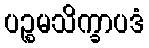
ပဉ္စမသိက္ခာပဒံ